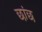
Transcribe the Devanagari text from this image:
छांछ